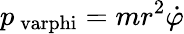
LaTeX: p_{\mathrm{\ varphi}}=mr^{2}{\dot{\varphi}}